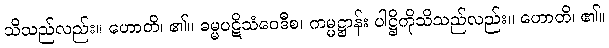
သိသည်လည်း။ ဟောတိ၊ ၏။ ဓမ္မပဋိသံဝေဒီစ၊ ကမ္မဋ္ဌာန်း ပါဋ္ဌိကိုသိသည်လည်း။ ဟောတိ၊ ၏။